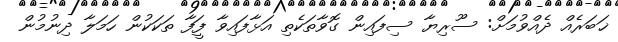
ޚަބަރެއް ދެއްވުމަށް: ސޫރިޔާ ސިފައިން ގޮވާތަކެތި އަޅާފައިވާ ފަީފާ ތަކަކުން ހަމަލާ ދިނުމުން